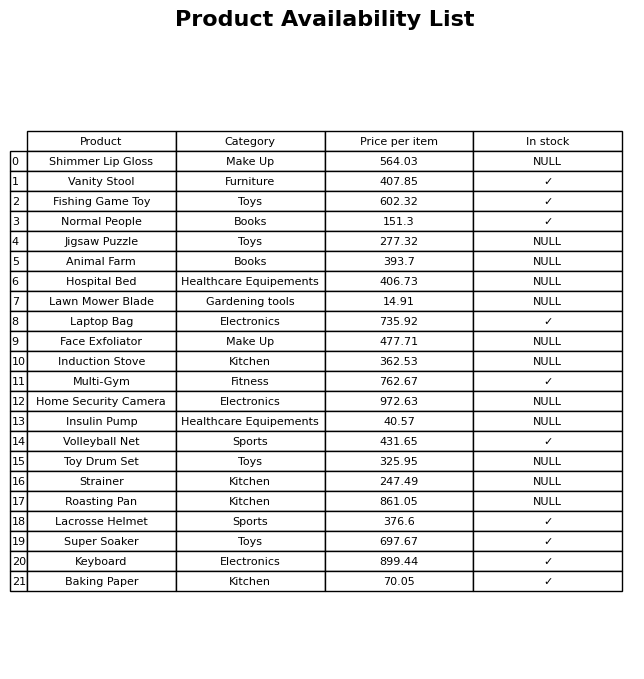
question: What is the price of the Super Soaker?
answer: The price of Super Soaker is 697.67.